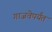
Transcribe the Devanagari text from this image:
गाजवेपर्यंत